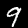
Digit: 9